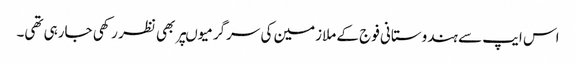
اس ایپ سے ہندوستانی فوج کے ملازمین کی سرگرمیوںپر بھی نظر رکھی جارہی تھی۔